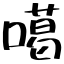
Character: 噶